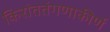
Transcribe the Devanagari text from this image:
किरांततंगणाकीर्ण